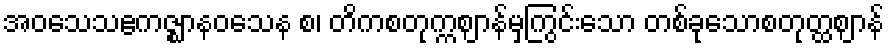
အဝသေသဧကဇ္ဈာနဝသေန စ၊ တိကစတုက္ကဈာန်မှကြွင်းသော တစ်ခုသောစတုတ္ထဈာန်